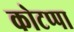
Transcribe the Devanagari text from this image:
कोटप्‍पा